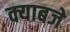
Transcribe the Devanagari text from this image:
क्याबजे